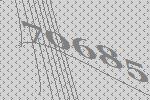
70685